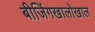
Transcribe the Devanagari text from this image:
बीजिंगखालोखाल